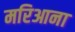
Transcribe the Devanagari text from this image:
मरिआना